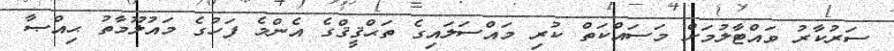
ސަރުކާރު ވައްޓާލުމަށް މަސައްކަތް ކުރި މައްސަލައިގެ ތަޙްޤީޤްގެ އެންމެ ފަހުގެ މައުލޫމާތު ޙިއްޞާ